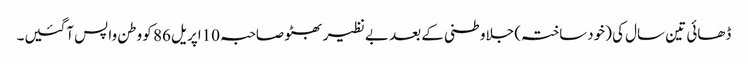
ڈھائی تین سال کی (خودساختہ) جلاوطنی کے بعد بے نظیر بھٹو صاحبہ 10اپریل 86 کو وطن واپس آگئیں۔